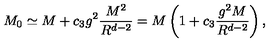
M _ { 0 } \simeq M + c _ { 3 } g ^ { 2 } \frac { M ^ { 2 } } { R ^ { d - 2 } } = M \left( 1 + c _ { 3 } \frac { g ^ { 2 } M } { R ^ { d - 2 } } \right) ,